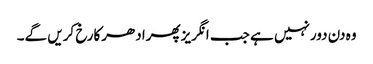
وہ دن دورنہیں ہے جب انگریزپھرادھرکارخ کریں گے۔